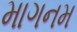
માગનમ